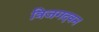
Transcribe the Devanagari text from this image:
त्रिजगदवन